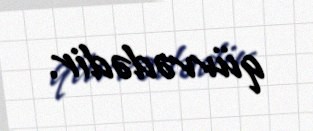
qüvvədədir.